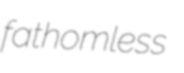
fathomless